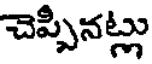
చెప్పినట్లు